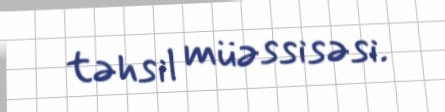
təhsil müəssisəsi.